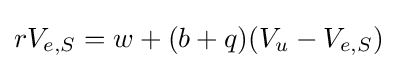
rV_{e,S}=w+(b+q)(V_{u}-V_{e,S})\;